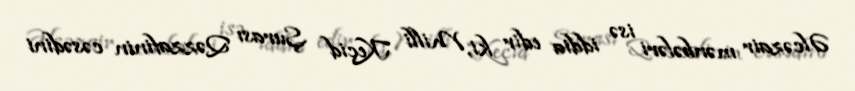
Əlcəzair mənbələri isə iddia edir ki, Milli Keçid Şurası Qəzzafinin cəsədini